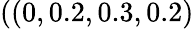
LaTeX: ((0,0.2,0.3,0.2)